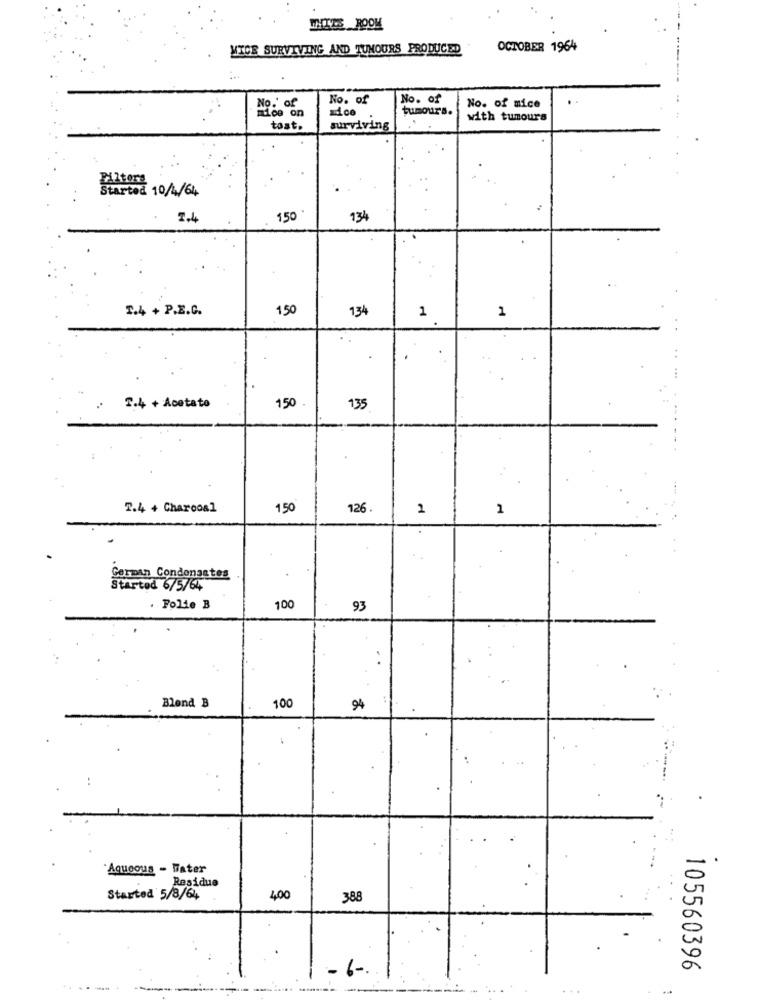
INTES ROOM
MICE SURVIVING AND TUMOURS PRODUCED
OCTOBER 1964
No. of
No. of
No.' of
tumour's.
No. of mice
with tumours
tost.
surviving
Filters
Started 10/4/64
7.4
150
134
1.4 + P.E.C.
150
134
1
1
2.4 + Acetato
150
135
2.4 + Charcoal
150
126.
2
1
German Condensates
Started 6/5/64
. Folie B
100
93
Blond B
100
94
Aqueous - Water
Residue
Started 5/8/64
4,00
388
1-
105560396
...